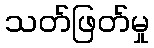
သတ်ဖြတ်မှု